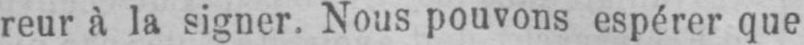
reur à la signer. Nous pouvons espérer que